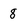
Character: 8